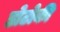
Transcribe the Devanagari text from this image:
डोटोकी